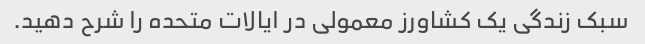
سبک زندگی یک کشاورز معمولی در ایالات متحده را شرح دهید.